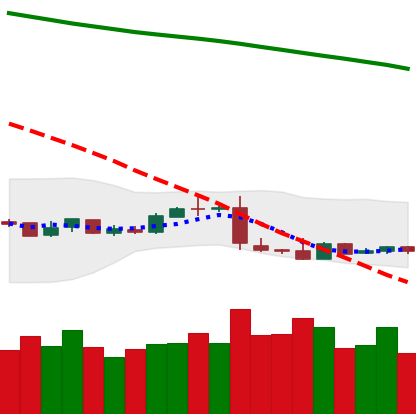
Ticker: XLM-USD
Chart end date: 2019-01-18
Forward return: -3.974%
Label: down_3_5